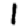
Digit: 1